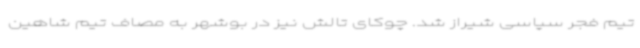
تیم فجر سپاسی شیراز شد. چوکای تالش نیز در بوشهر به مصاف تیم شاهین